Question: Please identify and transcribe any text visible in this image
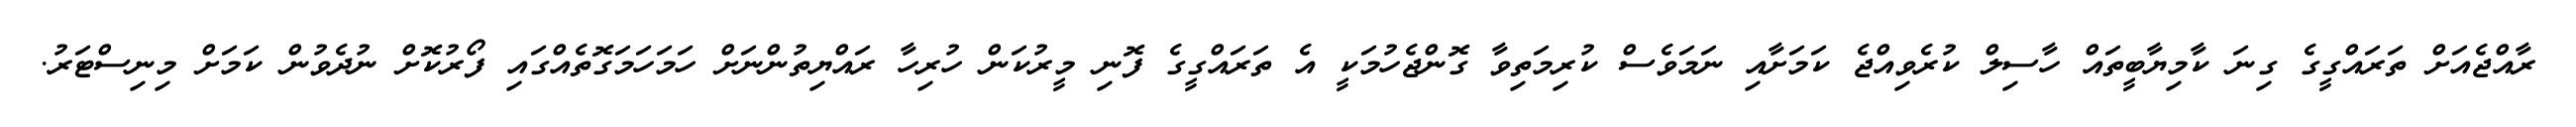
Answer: ރާއްޖެއަށް ތަރައްގީގެ ގިނަ ކާމިޔާބީތައް ހާސިލް ކުރެވިއްޖެ ކަމަށާއި ނަމަވެސް ކުރިމަތިވާ ގޮންޖެހުމަކީ އެ ތަރައްގީގެ ފޮނި މީރުކަން ހުރިހާ ރައްޔިތުންނަށް ހަމަހަމަގޮތެއްގައި ފޯރުކޮށް ނުދެވުން ކަމަށް މިނިސްޓަރު.